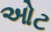
ઓટ